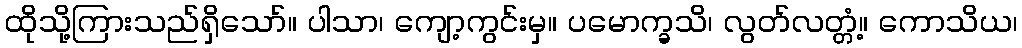
ထိုသို့ကြားသည်ရှိသော်။ ပါသာ၊ ကျော့ကွင်းမှ။ ပမောက္ခသိ၊ လွတ်လတ္တံ့။ ကောသိယ၊